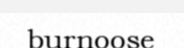
burnoose